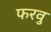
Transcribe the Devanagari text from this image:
फरवु